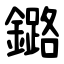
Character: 鏴